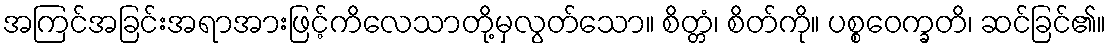
အကြင်အခြင်းအရာအားဖြင့်ကိလေသာတို့မှလွတ်သော။ စိတ္တံ၊ စိတ်ကို။ ပစ္စဝေက္ခတိ၊ ဆင်ခြင်၏။